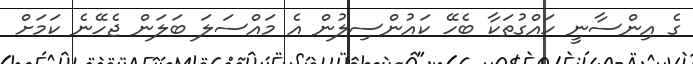
ގެ އިންސާނީ ހައްގުތަކާ ބެހޭ ކައުންސިލުން އެ މައްސަލަ ބަލަން ޖެހޭނެ ކަމަށް